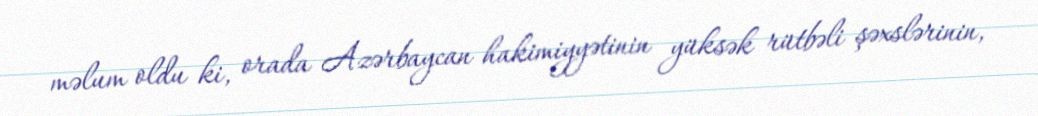
məlum oldu ki, orada Azərbaycan hakimiyyətinin yüksək rütbəli şəxslərinin,